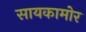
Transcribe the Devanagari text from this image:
सायकामोर